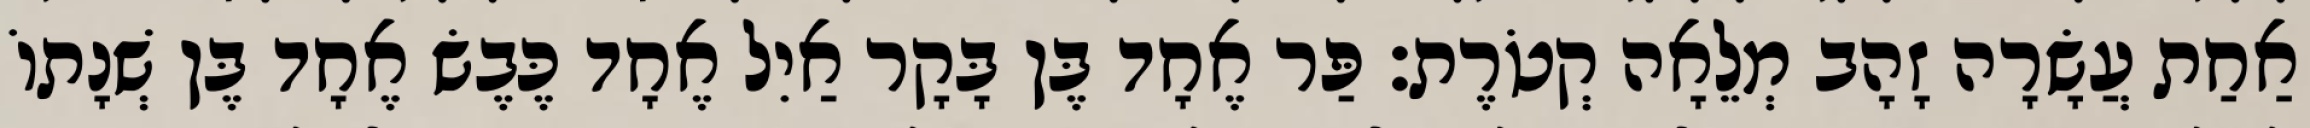
אַחַת עֲשָׂרָה זָהָב מְלֵאָה קְטֹרֶת׃ פַּר אֶחָד בֶּן בָּקָר אַיִל אֶחָד כֶּבֶשׂ אֶחָד בֶּן שְׁנָתוֹ